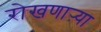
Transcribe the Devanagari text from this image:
रोखणाऱ्या